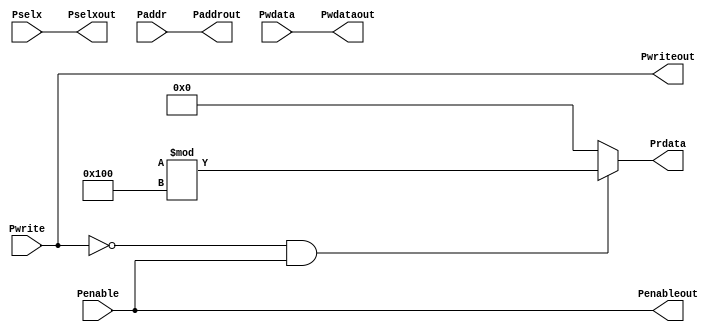
`timescale 1ns / 1ps
//////////////////////////////////////////////////////////////////////////////////
// Company: 
// Engineer: 
// 
// Design Name: 
// Module Name: APB_INTERFACE
// Project Name: 
// Target Devices: 
// Tool Versions: 
// Description: 
// 
// Dependencies: 
// 
// Revision:
// Revision 0.01 - File Created
// Additional Comments:
// 
//////////////////////////////////////////////////////////////////////////////////


module APB_INTERFACE (Pwrite,Pselx,Penable,Paddr,Pwdata,Pwriteout,Pselxout,Penableout,Paddrout,Pwdataout,Prdata);
    
    input Pwrite,Penable;
    input [2:0] Pselx;
    input [31:0] Pwdata,Paddr;
    
    output Pwriteout,Penableout;
    output [2:0] Pselxout;
    output [31:0] Pwdataout,Paddrout;
    output reg [31:0] Prdata;
    
    assign Penableout=Penable;
    assign Pselxout=Pselx;
    assign Pwriteout=Pwrite;
    assign Paddrout=Paddr;
    assign Pwdataout=Pwdata;
    
    always @(*)
     begin
      if (~Pwrite && Penable)
       Prdata=($random)%256;
      else
       Prdata=0;
     end
    
    endmodule